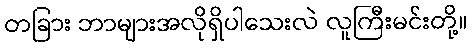
တခြား ဘာများအလိုရှိပါသေးလဲ လူကြီးမင်းတို့။